Indian journal of veterinary science and animal husbandry - Volume 7,
Year: 1937
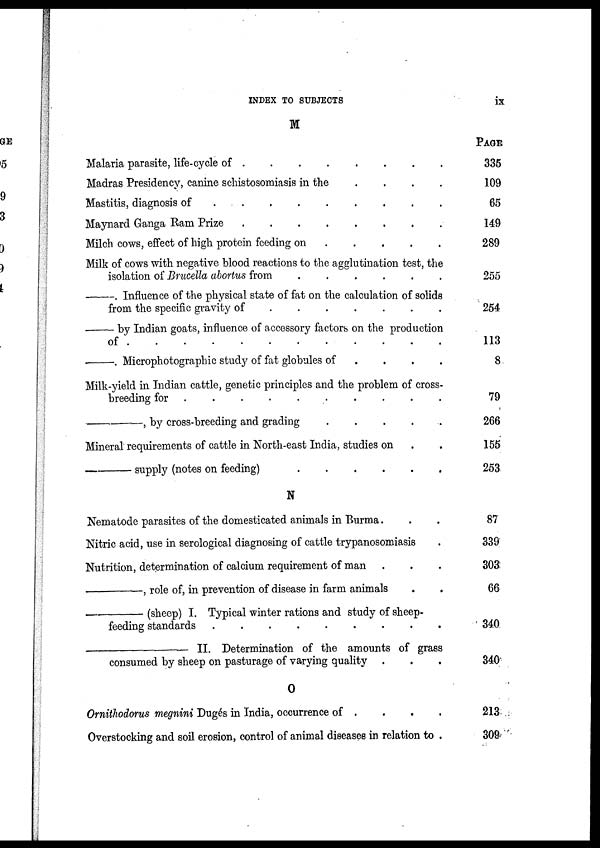
INDEX TO SUBJECTS
ix
M
Malaria parasite, life-cycle of
.
.
.
.
.
.
.
.
Madras Presidency, canine schistosomiasis in the . . . .
Mastitis, diagnosis of . . . . . . . . . . . .
Maynard Ganga Ram Prize
.
.
.
.
.
.
.
.
.
Milch cows, effect of high protein feeding on
.
.
.
.
.
.
Milk of cows with negative blood reactions to the agglutination test, the
isolation of Brucella abortus from
.
.
.
.
.
.
––––––––– Influence of the physical state of fat on the calculation of solids
from the specific gravity of
.
.
.
.
.
.
.
––––––––– by Indian goats, influence of accessory factors on the production
of
.
.
.
.
.
.
.
.
.
.
.
.
––––––––– . Microphotographic study of fat globules of . . . .
Milk-yield in Indian cattle, genetic principles and the problem of cross-
breeding for
.
.
.
.
.
.
.
.
.
.
.
.
––––––––, by cross-breeding and grading . . . . .
Mineral requirements of cattle in North-east India, studies on . .
————supply (notes on feeding)
.
.
.
.
.
.
.
N
Nematode parasites of the domesticated animals in Burma. . .
Nitric acid, use in serological diagnosing of cattle trypanosomiasis .
Nutrition, determination of calcium requirement of man . . .
————, role of, in prevention of disease in farm animals . .
———— (sheep) I. Typical winter rations and study of sheep-
feeding standards
.
.
.
.
.
.
.
.
.
———— II. Determination of the amounts of grass
consumed by sheep on pasturage of varying quality . . .
O
Ornithodorus megnini Dugés in India, occurrence of . . . .
Overstocking and soil erosion, control of animal diseases in relation to .
PAGE
335
109
65
149
289
255
254
113
8
79
266
155
253
87
339
303
66
340
340
213
309